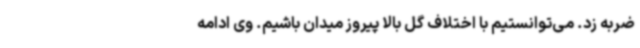
ضربه زد. می‌توانستیم با اختلاف گل بالا پیروز میدان باشیم. وی ادامه